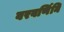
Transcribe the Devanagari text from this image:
वरवर्णिनि